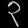
Digit: ၃